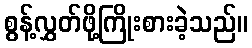
စွန့်လွှတ်ဖို့ကြိုးစားခဲ့သည်။